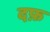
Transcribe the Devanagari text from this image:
दफ़